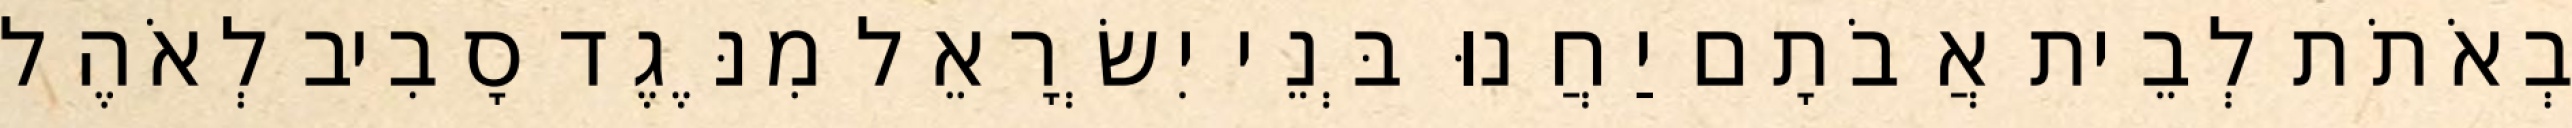
בְאֹתֹת לְבֵית אֲבֹתָם יַחֲנוּ בְּנֵי יִשְׂרָאֵל מִנֶּגֶד סָבִיב לְאֹהֶל